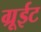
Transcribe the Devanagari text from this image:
ग्रूईट